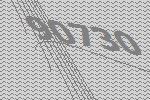
90730